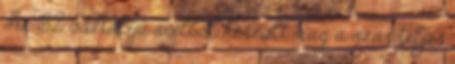
Az S2 osztályú acélból készült mag a szár teljes